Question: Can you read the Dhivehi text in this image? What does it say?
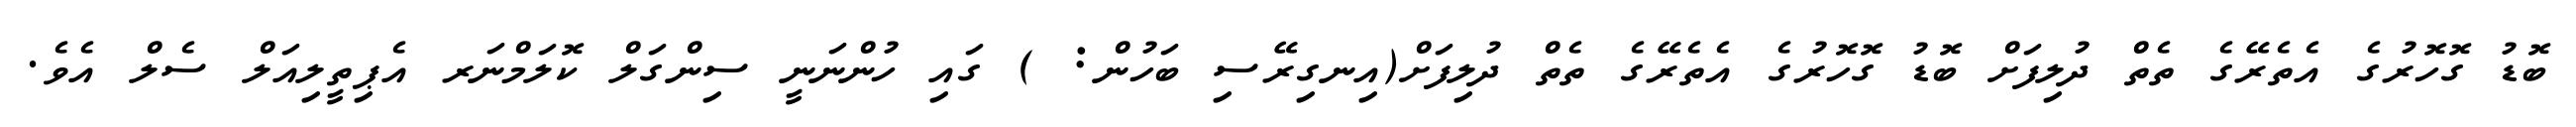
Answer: ބޮޑު ގޮހޮރުގެ އެތެރޭގެ ތެތް ދުލިފަށް ބޮޑު ގޮހޮރުގެ އެތެރޭގެ ތެތް ދުލިފަށް(އިނގިރޭސި ބަހުން: ) ގައި ހުންނަނީ ސިންގަލް ކޮލަމްނަރ އެޕިތީލިއަލް ސެލް އެވެ.